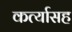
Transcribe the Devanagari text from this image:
कर्त्यासह